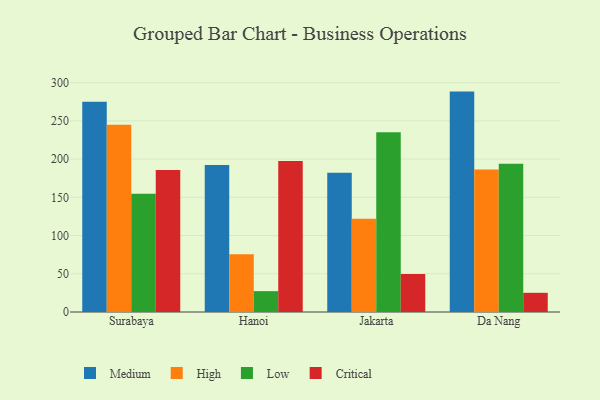
{"axis": {"x": "City", "y": "Population (Million)"}, "legend": ["Critical", "High", "Low", "Medium"], "data": [{"x": "Surabaya", "y": 275.0, "type": "Medium"}, {"x": "Surabaya", "y": 245.0, "type": "High"}, {"x": "Surabaya", "y": 154.8, "type": "Low"}, {"x": "Surabaya", "y": 185.8, "type": "Critical"}, {"x": "Hanoi", "y": 192.4, "type": "Medium"}, {"x": "Hanoi", "y": 75.6, "type": "High"}, {"x": "Hanoi", "y": 27.3, "type": "Low"}, {"x": "Hanoi", "y": 197.4, "type": "Critical"}, {"x": "Jakarta", "y": 182.2, "type": "Medium"}, {"x": "Jakarta", "y": 122.0, "type": "High"}, {"x": "Jakarta", "y": 235.1, "type": "Low"}, {"x": "Jakarta", "y": 49.6, "type": "Critical"}, {"x": "Da Nang", "y": 288.3, "type": "Medium"}, {"x": "Da Nang", "y": 186.4, "type": "High"}, {"x": "Da Nang", "y": 194.0, "type": "Low"}, {"x": "Da Nang", "y": 25.1, "type": "Critical"}]}